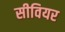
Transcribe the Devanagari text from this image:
सीवियर